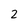
Character: 2